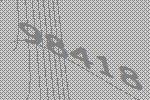
98418